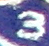
3